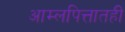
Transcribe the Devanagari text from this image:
आम्लपित्तातही